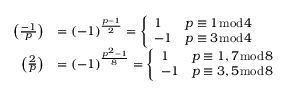
{ \begin{array} { r l } { \left( { \frac { - 1 } { p } } \right) } & { = ( - 1 ) ^ { \frac { p - 1 } { 2 } } = { \left\{ \begin{array} { l l } { 1 } & { p \equiv 1 { \bmod { 4 } } } \\ { - 1 } & { p \equiv 3 { \bmod { 4 } } } \end{array} \right. } } \\ { \left( { \frac { 2 } { p } } \right) } & { = ( - 1 ) ^ { \frac { p ^ { 2 } - 1 } { 8 } } = { \left\{ \begin{array} { l l } { 1 } & { p \equiv 1 , 7 { \bmod { 8 } } } \\ { - 1 } & { p \equiv 3 , 5 { \bmod { 8 } } } \end{array} \right. } } \end{array} }